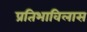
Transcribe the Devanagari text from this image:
प्रतिभाविलास